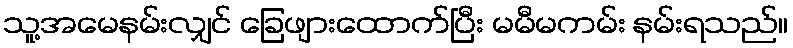
သူ့အမေနမ်းလျှင် ခြေဖျားထောက်ပြီး မမီမကမ်း နမ်းရသည်။